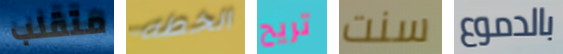
متقلب الخطه تريح سنت بالدموع